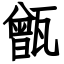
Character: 甑